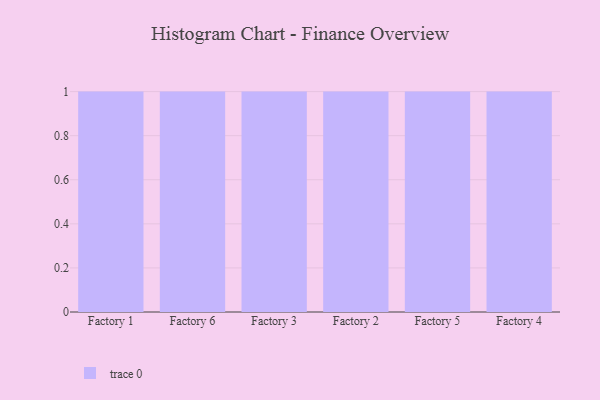
{"axis": {"x": "Factory", "y": "Churn Rate (%)"}, "legend": [""], "data": [{"x": "Factory 1", "y": 8, "type": ""}, {"x": "Factory 6", "y": 10, "type": ""}, {"x": "Factory 3", "y": 22, "type": ""}, {"x": "Factory 2", "y": 18, "type": ""}, {"x": "Factory 5", "y": 58, "type": ""}, {"x": "Factory 4", "y": 53, "type": ""}]}